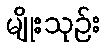
မျိုးသုဉ်း